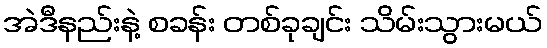
အဲဒီနည်းနဲ့ စခန်း တစ်ခုချင်း သိမ်းသွားမယ်